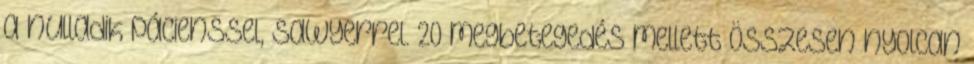
a nulladik pácienssel, Sawyerrel. 20 megbetegedés mellett összesen nyolcan